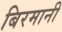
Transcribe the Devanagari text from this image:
बिरमानी